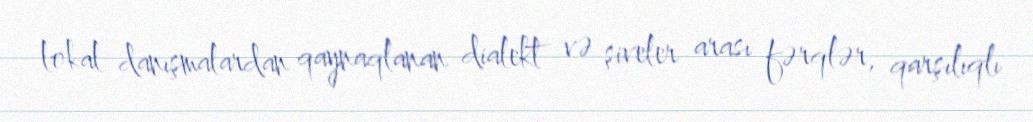
lokal danışmalardan qaynaqlanan dialekt və şiveler arası fərqlər, qarşılıqlı